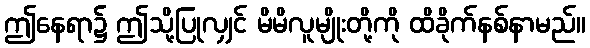
ဤနေရာ၌ ဤသို့ပြုလျှင် မိမိလူမျိုးတို့ကို ထိခိုက်နစ်နာမည်။